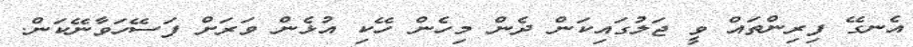
އެނގޭ ފިރިންތައް ވީ ޖަލުގައިކަން ދެން މިހެން ހޭކި އުޅެން ވަރަށް ފަސޭހަވާނޭކަން.